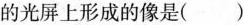
的光屏上形成的像是( )